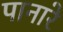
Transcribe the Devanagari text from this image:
पानारे